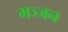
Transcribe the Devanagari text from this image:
भञ्जन